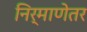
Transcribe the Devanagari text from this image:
निर्माणेतर